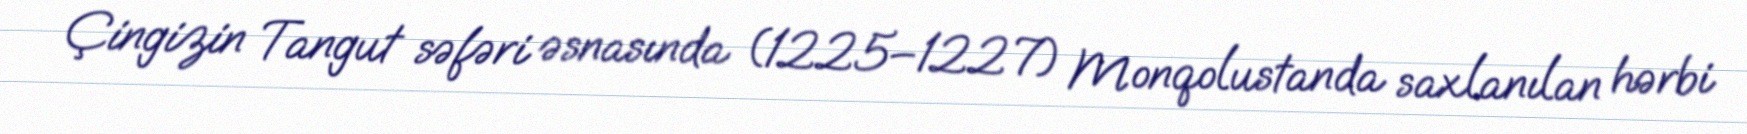
Çingizin Tangut səfəri əsnasında (1225–1227) Monqolustanda saxlanılan hərbi